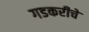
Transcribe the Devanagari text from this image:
गडकरीचे